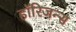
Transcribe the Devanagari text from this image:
हॉरिजन्स